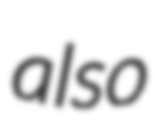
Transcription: also